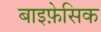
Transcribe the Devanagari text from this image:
बाइफ़ेसिक